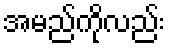
အမည်ကိုလည်း